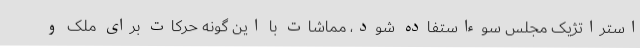
استراتژیک مجلس سوءاستفاده شود، مماشات با این گونه حرکات برای ملک و